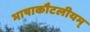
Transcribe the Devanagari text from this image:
भाषाकौटलीयम्